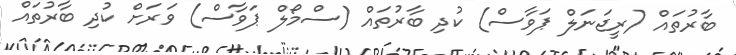
ބާރުތައް (ރީޖަނަލް ޕަވާސް) ކުދި ބާރުތައް (ސްމޯލް ޕަވާސް) ވަރަށް ކުދި ބާރުތައް